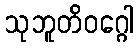
သုဘူတိဝဂ္ဂေါ